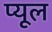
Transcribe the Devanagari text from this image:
प्यूल